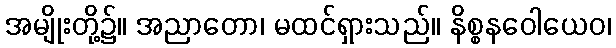
အမျိုးတို့၌။ အညာတော၊ မထင်ရှားသည်။ နိစ္စနဝေါယေဝ၊